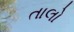
તાલો